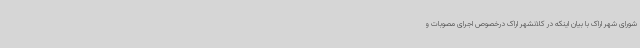
شورای شهر اراک با بیان اینکه در کلانشهر اراک درخصوص اجرای مصوبات و